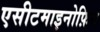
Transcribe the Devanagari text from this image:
एसीटमाइनोफ़िन